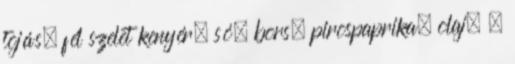
tojás, fél szelet kenyér, só, bors, pirospaprika, olaj. .